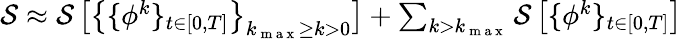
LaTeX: \begin{array}{r}{\mathcal{S}\approx\mathcal{S}\left[\big\{ \{ {\phi}^{k}\} _{t\in[0,T]}\big\} _{k_{\mathrm{~m~a~x~}}\geq k>0}\right]+\sum_{k>k_{\mathrm{~m~a~x~}}}\mathcal{S}\left[\{ {\phi}^{k}\} _{t\in[0,T]}\right]}\end{array}